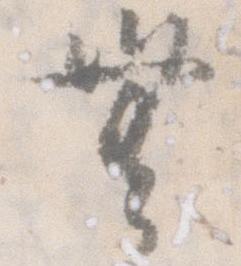
無